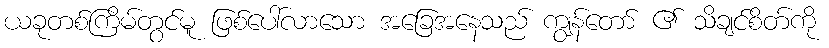
ယခုတစ်ကြိမ်တွင်မူ ဖြစ်ပေါ်လာသော အခြေအနေသည် ကျွန်တော် ၏ သိချင်စိတ်ကို